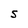
Character: S